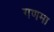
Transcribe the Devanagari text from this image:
गणमा